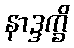
နာဒ္ဒက္ခိ